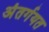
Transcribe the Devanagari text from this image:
अंतर्गयत